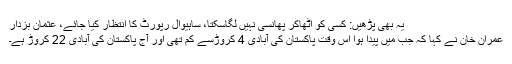
یہ بھی پڑھیں: کسی کو اٹھاکر پھانسی نہیں لگاسکتا، ساہیوال رپورٹ کا انتظار کیا جائے، عثمان بزدار
عمران خان نے کہا کہ جب میں پیدا ہوا اس وقت پاکستان کی آبادی 4 کروڑسے کم تھی اور آج پاکستان کی آبادی 22 کروڑ ہے۔